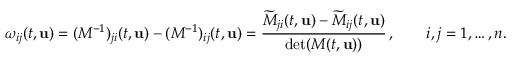
\omega _ { i j } ( t , { \mathbf { u } } ) = ( M ^ { - 1 } ) _ { j i } ( t , { \mathbf { u } } ) - ( M ^ { - 1 } ) _ { i j } ( t , { \mathbf { u } } ) = \frac { \widetilde { M } _ { j i } ( t , { \mathbf { u } } ) - \widetilde { M } _ { i j } ( t , { \mathbf { u } } ) } { \operatorname* { d e t } ( M ( t , { \mathbf { u } } ) ) } \, , \qquad i , j = 1 , \dots , n .